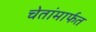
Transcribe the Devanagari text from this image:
चेतांमार्फत